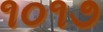
૧૦૧૭